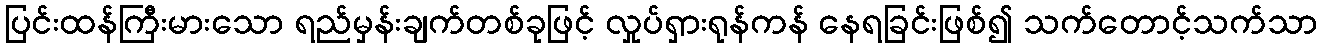
ပြင်းထန်ကြီးမားသော ရည်မှန်းချက်တစ်ခုဖြင့် လှုပ်ရှားရုန်ကန် နေရခြင်းဖြစ်၍ သက်တောင့်သက်သာ